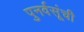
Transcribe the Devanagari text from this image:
पुनर्वसूंची